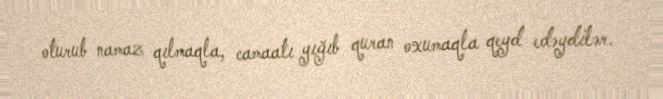
oturub namaz qılmaqla, camaatı yığıb quran oxumaqla qeyd edəydilər.